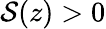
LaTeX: \mathcal{S}(z)>0